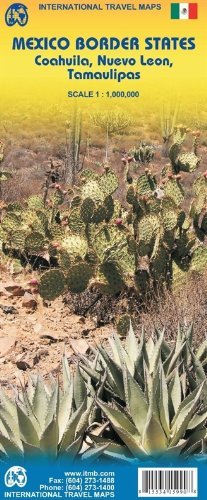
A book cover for Coahuila, Nuevo LeÃ³n & Tamaulipas (Mexico) 1:1,000,000 Travel Map with city plans ITMB; ITMB; Travel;